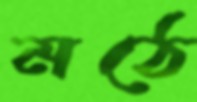
মঠে